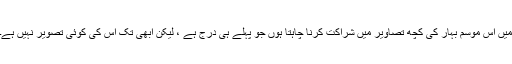
میں اس موسم بہار کی کچھ تصاویر میں شراکت کرنا چاہتا ہوں جو پہلے ہی درج ہے ، لیکن ابھی تک اس کی کوئی تصویر نہیں ہے۔